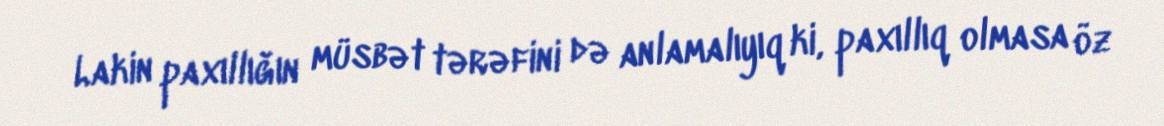
Lakin paxıllığın müsbət tərəfini də anlamalıyıq ki, paxıllıq olmasa öz